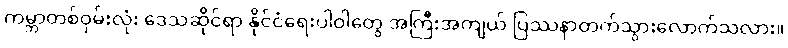
ကမ္ဘာတစ်ဝှမ်းလုံး ဒေသဆိုင်ရာ နိုင်ငံရေးပါဝါတွေ အကြီးအကျယ် ပြဿနာတက်သွားလောက်သလား။